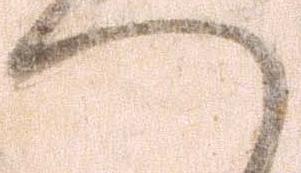
へ